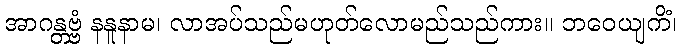
အာဂန္တဗ္ဗံ နနူနာမ၊ လာအပ်သည်မဟုတ်လောမည်သည်ကား။ ဘဝေယျကိံ၊